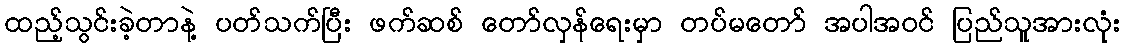
ထည့်သွင်းခဲ့တာနဲ့ ပတ်သက်ပြီး ဖက်ဆစ် တော်လှန်ရေးမှာ တပ်မတော် အပါအဝင် ပြည်သူအားလုံး